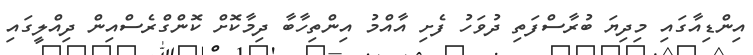
އިންޑިއާގައި މިދިޔަ ބުރާސްފަތި ދުވަހު ފެށި އާއްމު އިންތިހާބާ ދިމާކޮށް ކޮންގްރެސްއިން ދިއްލީގައި